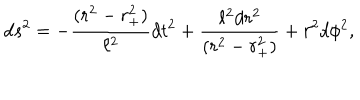
d s ^ { 2 } = - { \frac { ( r ^ { 2 } - r _ { + } ^ { 2 } ) } { \ell ^ { 2 } } } d t ^ { 2 } + { \frac { \ell ^ { 2 } d r ^ { 2 } } { ( r ^ { 2 } - r _ { + } ^ { 2 } ) } } + r ^ { 2 } d \phi ^ { 2 } ,